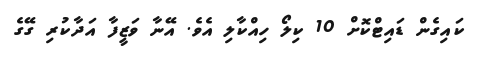
ކައިގެން ޑައިޓްކޮށް 10 ކިލޯ ހިއްކާލި އެވެ. އޭނާ ވަޒީފާ އަދާކުރި ގޭގެ